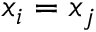
x _ { i } = x _ { j }